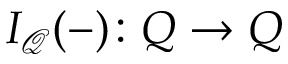
I _ { \mathcal { Q } } ( - ) \colon Q \to Q